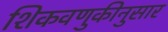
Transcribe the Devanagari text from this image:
शिकवणुकीनुसार